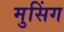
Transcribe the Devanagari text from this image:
मुसिंग